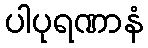
ပါပုရဏာနံ